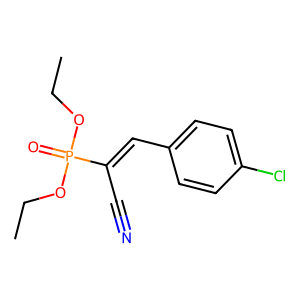
SMILES: CCOP(=O)(OCC)C(C#N)=Cc1ccc(Cl)cc1
Inhibits HIV replication: No